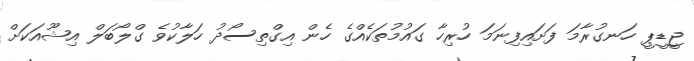
ޖީޑީޕީ ހަނގުރާމަ ފަށައިފިނަމަ ހުރިހާ ގައުމުތަކެއްގެ ހެން އިގްތިސޯދު ހަލާކުވެ ގްލޯބަލް އިޝޫއަކަށް